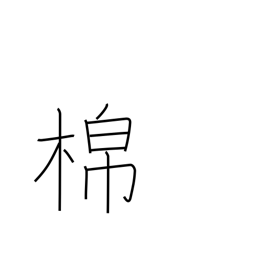
Meaning: cotton